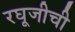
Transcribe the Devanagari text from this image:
रघूजीची